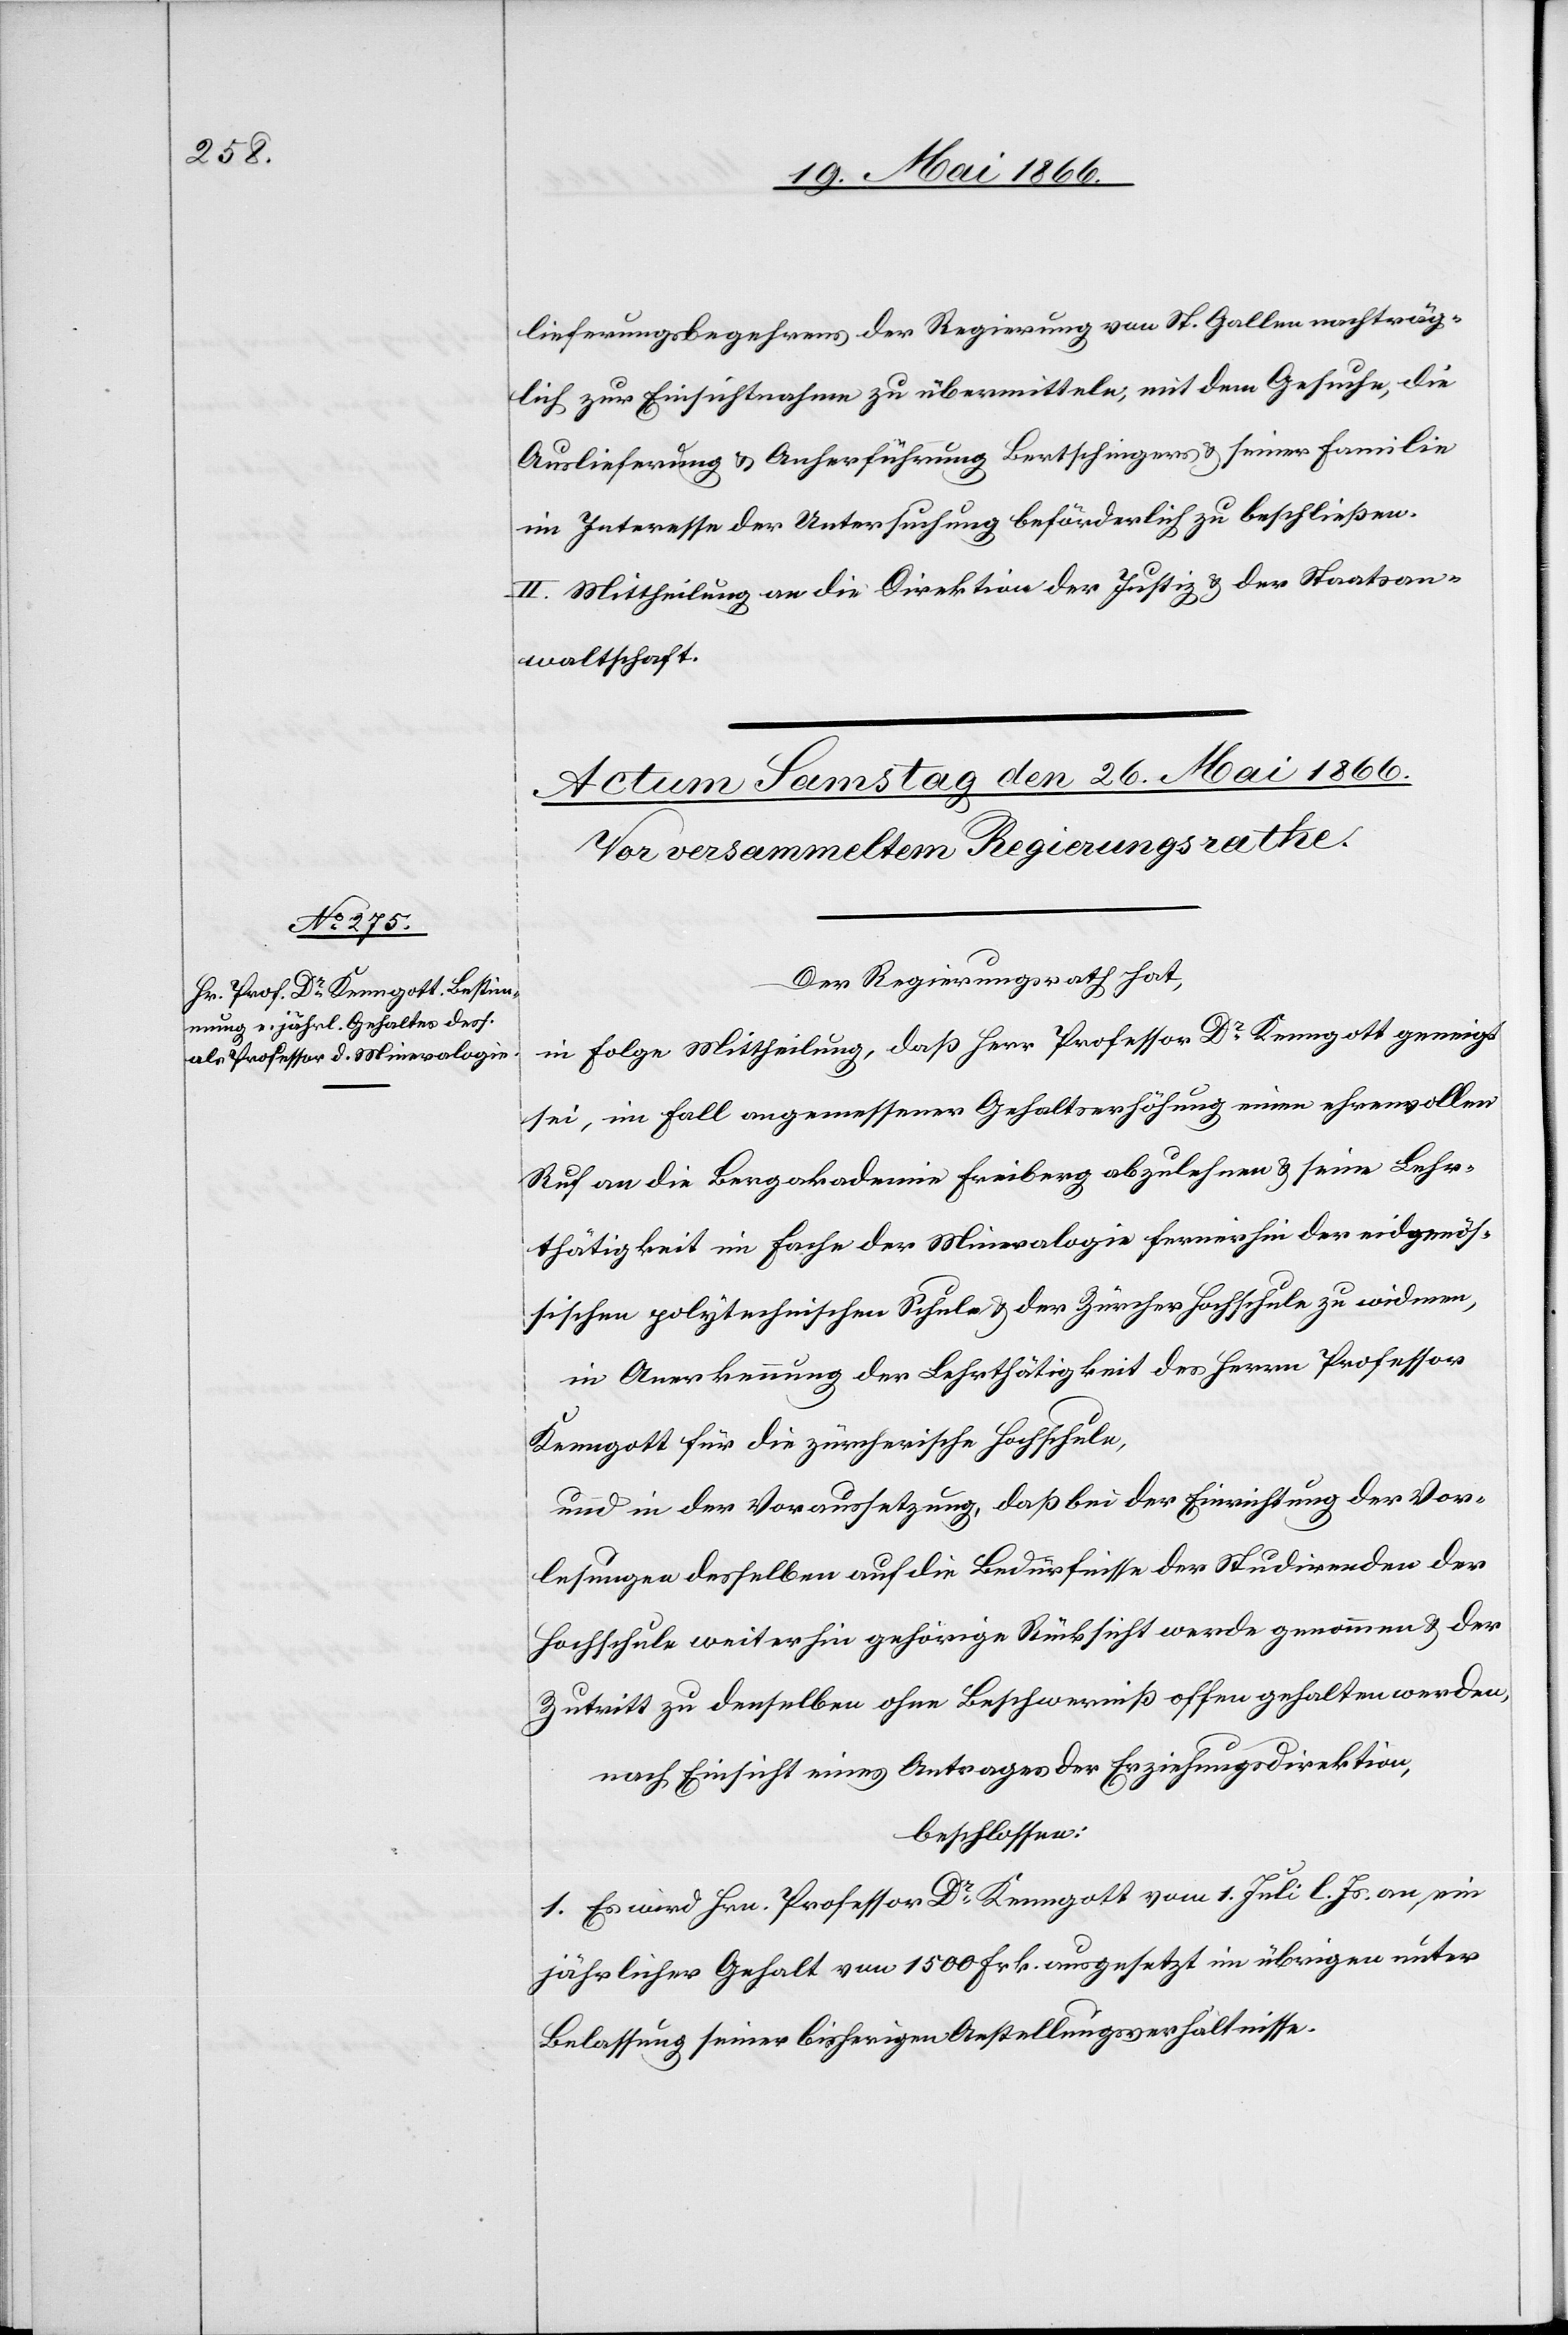
lieferungsbegehrens der Regierung von St. Gallen nachträg¬
lich zur Einsichtnahme zu übermitteln, mit dem Gesuche, die
Auslieferung u. Anherführung Bertschingers u. seiner Familie
im Interesse der Untersuchung beförderlich zu beschließen.
II. Mittheilung an die Direktion der Justiz u. der Staatsan¬
waltschaft.
Der Regierungsrath hat,
in Folge Mittheilung, daß Herr Professor Dr. Kerngott geneigt
sei, im Fall angemessener Gehaltserhöhung einen ehrenvollen
Ruf an die Bergakademie Freiburg abzulehnen u. seine Lehr¬
thätigkeit im Fache der Mineralogie fernerhin der eidgenös¬
sischen polytechnischen Schule u. der Zürcher Hochschule zu widmen,
in Anerkennung der Lehrthätigkeit des Herrn Professor
Kerngott für die zürcherische Hochschule,
und in der Voraussetzung, daß bei der Einrichtung der Vor¬
lesungen desselben auf die Bedürfnisse der Studirenden der
Hochschule weiterhin gehörige Rücksicht werde genommen u. der
Zutritt zu denselben ohne Beschwerniß offen gehalten werden,
nach Einsicht eines Antrages der Erziehungsdirektion,
beschlossen:
1. Es wird Hrn. Professor Kerngott vom 1. Juli l. Js. an ein
jährliches Gehalt von 1500 Frk. ausgesetzt im übrigen unter
Belassung seiner bisherigen Anstellungsverhältnisse.